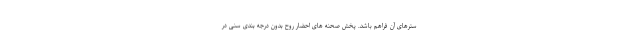
سترهای آن فراهم باشد. پخش صحنه های احضار روح بدون درجه بندی سنی در